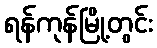
ရန်ကုန်မြို့တွင်း